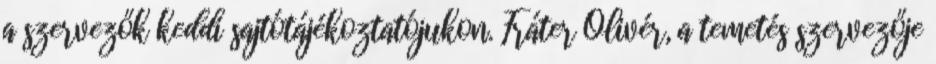
a szervezők keddi sajtótájékoztatójukon. Fráter Olivér, a temetés szervezője